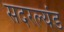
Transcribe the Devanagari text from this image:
सदरल्यंड